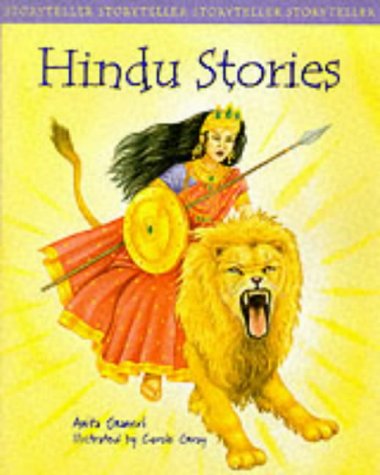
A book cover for Hindu Stories (Storyteller); Anita Ganeri; Teen & Young Adult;